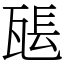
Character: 𤭖